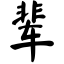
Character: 辈